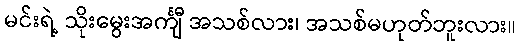
မင်းရဲ့ သိုးမွေးအင်္ကျီ အသစ်လား၊ အသစ်မဟုတ်ဘူးလား။